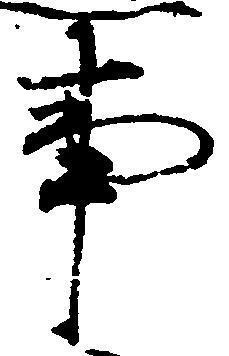
事